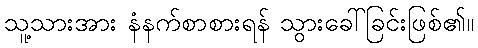
သူ့သားအား နံနက်စာစားရန် သွားခေါ်ခြင်းဖြစ်၏။